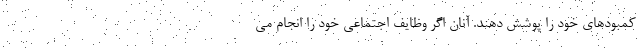
کمبودهای خود را پوشش دهند. آنان اگر وظایف اجتماعی خود را انجام می